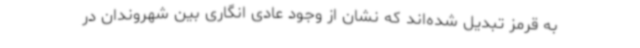
به قرمز تبدیل شده‌اند که نشان از وجود عادی انگاری بین شهروندان در